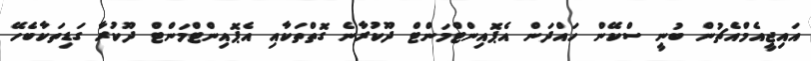
އައިޖީއެމްއެޗުން ބުނީ ސްކޭން ހައްދަން އެޕޮއިންޓްމަންޓް ދޫކުރާނެ ގޮތްތަކާއި އެޕޮއިންޓްމަންޓް ދޫކުރާ ގަޑިތަކާބެހޭ